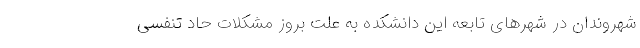
شهروندان در شهرهای تابعه این دانشکده به علت بروز مشکلات حاد تنفسی